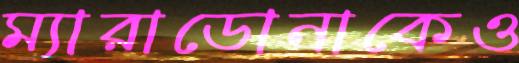
ম্যারাডোনাকেও